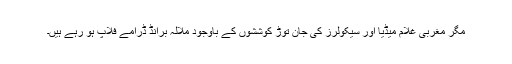
مگر مغربی غلام میڈیا اور سیکولرز کی جان توڑ کوششوں کے باوجود ملالہ برانڈ ڈرامے فلاپ ہو رہے ہیں۔